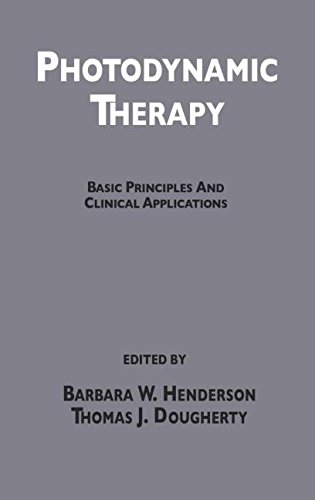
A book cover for Photodynamic Therapy: Basic Principles and Clinical Applications; Henderson; Medical Books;